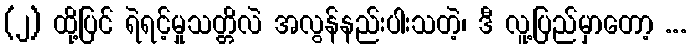
(၂) ထို့ပြင် ရဲရင့်မှုသတ္တိလဲ အလွန်နည်းပါးသတဲ့၊ ဒီ လူ့ပြည်မှာတော့ ...